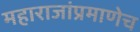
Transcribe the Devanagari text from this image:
महाराजांप्रमाणेच